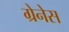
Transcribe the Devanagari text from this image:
ग्रेनेस